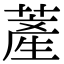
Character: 𦸰